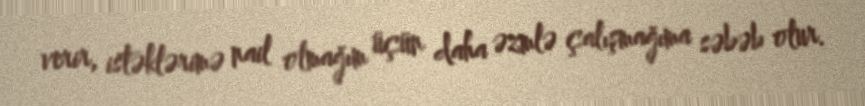
verir, istəklərimə nail olmağım üçün daha əzmlə çalışmağıma səbəb olur.